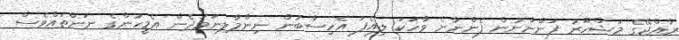
ރާއްޖޭގެ މަޝްހޫރު ފަންނާނުން ފެންނާނެ ވާހަކަ ލިއެފަ އެހިސާބުން ނިންމާލިނަމަދެން އެމީހުންގެ ނަންތައްވެސް